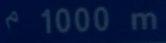
^{\prime}1000~